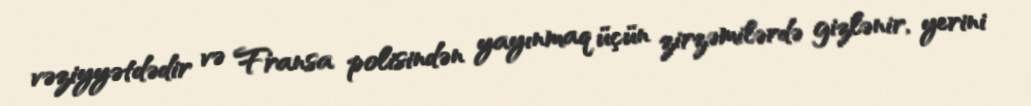
vəziyyətdədir və Fransa polisindən yayınmaq üçün zirzəmilərdə gizlənir, yerini